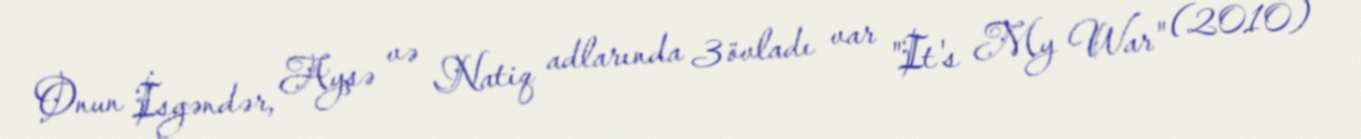
Onun İsgəndər, Ayşə və Natiq adlarında 3 övladı var "It's My War" (2010)